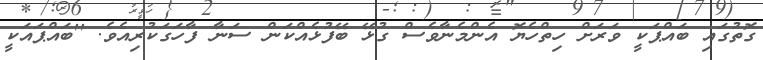
ގޮތުގައި ބައްޕަކީ ވަރަށް ހިތްހެޔޮ އެންމެނާވެސް ގުޅޭ ބޭފުޅެއްކަން ސަނާ ފާހަގަކުރިއެވެ. ''ބައްޕައަކީ